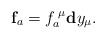
\begin{align*}\mathbf{f}_{a}=f_{a}^{\;\mu }\mathbf{d}y_{\mu }.\end{align*}